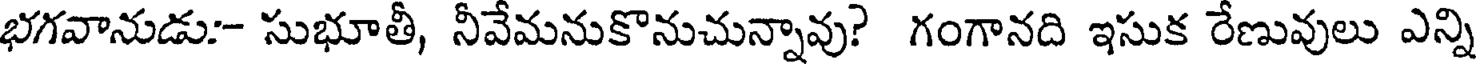
భగవానుడు:- సుభూతీ, నీవేమనుకొనుచున్నావు? గంగానది ఇసుక రేణువులు ఎన్ని